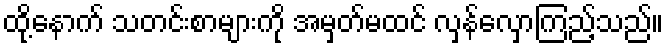
ထို့နောက် သတင်းစာများကို အမှတ်မထင် လှန်လှောကြည့်သည်။